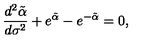
\frac { d ^ { 2 } \tilde { \alpha } } { d \sigma ^ { 2 } } + e ^ { \tilde { \alpha } } - e ^ { - \tilde { \alpha } } = 0 ,